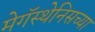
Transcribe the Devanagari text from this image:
मेगॅस्थेनिसच्या